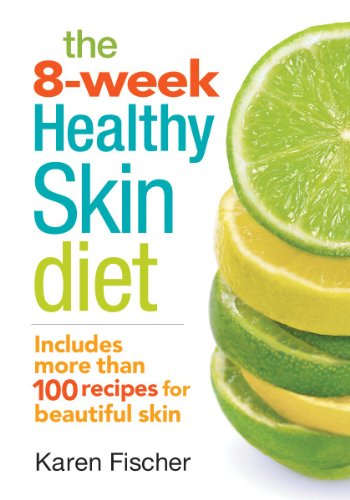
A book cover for The 8-Week Healthy Skin Diet: Includes More Than 100 Recipes for Beautiful Skin; Karen Fischer; Health, Fitness & Dieting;